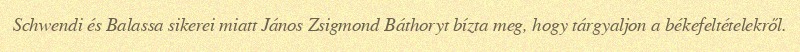
Schwendi és Balassa sikerei miatt János Zsigmond Báthoryt bízta meg, hogy tárgyaljon a békefeltételekről.